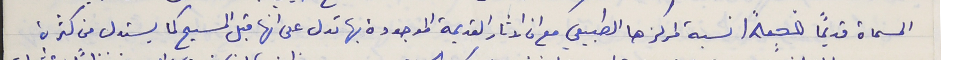
المسماة قديماً  نسبة لمركزها الطبيعي مع ان الاثار القديمة الموجودة بها تدل على انها قبل المسيح كما يستدل من كثرة